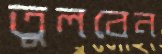
তুলবেন